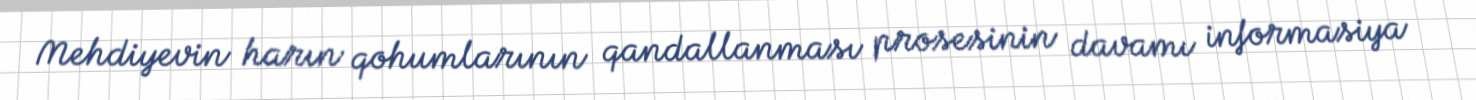
Mehdiyevin harın qohumlarının qandallanması prosesinin davamı informasiya